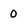
Character: 0